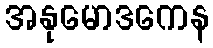
အနုမောဒကေန